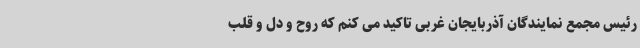
رئیس مجمع نمایندگان آذربایجان غربی تاکید می کنم که روح و دل و قلب